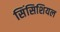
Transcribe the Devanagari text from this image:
सिंसिशियल